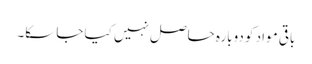
باقی مواد کو دوبارہ حاصل نہیں کیا جا سکا۔